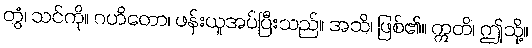
တွံ၊ သင်ကို။ ဂဟိတော၊ ဖန်းယူအပ်ပြီးသည်။ အသိ၊ ဖြစ်၏။ ဣတိ၊ ဤသို့။